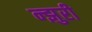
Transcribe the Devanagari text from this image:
न्झुरी